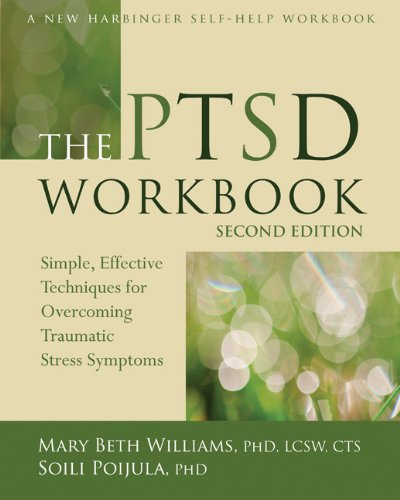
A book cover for The PTSD Workbook: Simple, Effective Techniques for Overcoming Traumatic Stress Symptoms (New Harbinger Self-Help Workbook); Mary Beth Williams PhD  LCSW  CTS; Self-Help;